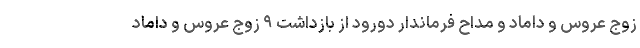
زوج عروس و داماد و مداح فرماندار دورود از بازداشت ۹ زوج عروس و داماد